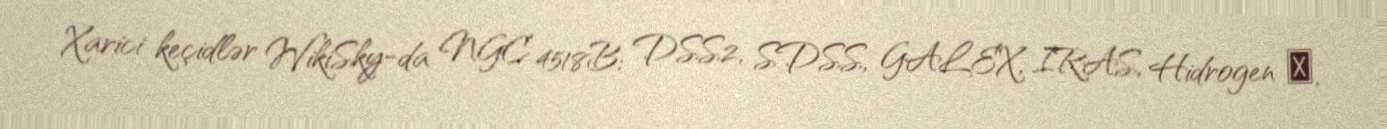
Xarici keçidlər WikiSky-da NGC 4518B: DSS2, SDSS, GALEX, IRAS, Hidrogen α,